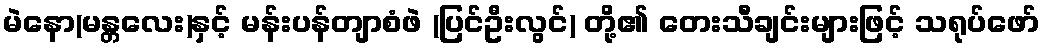
မဲနော(မန္တလေး)နှင့် မန်းပန်တျာစံဖဲ (ပြင်ဦးလွင်) တို့၏ တေးသီချင်းများဖြင့် သရုပ်ဖော်